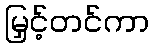
မြှင့်တင်ကာ